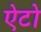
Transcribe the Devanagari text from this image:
ऐटो